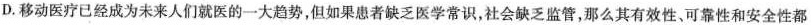
D.移动医疗已经成为未来人们就医的一大趋势，但如果患者缺乏医学常识，社会缺乏监管，那么其有效性，可靠性和安全性都